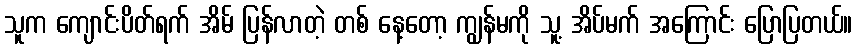
သူက ကျောင်းပိတ်ရက် အိမ် ပြန်လာတဲ့ တစ် နေ့တော့ ကျွန်မကို သူ့ အိပ်မက် အကြောင်း ပြောပြတယ်။